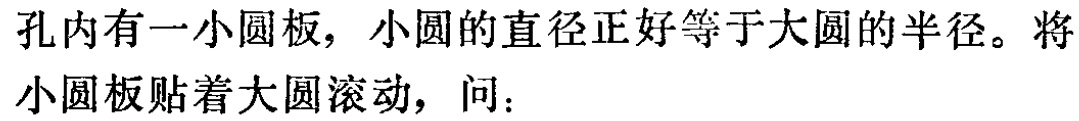
孔内有一小圆板，小圆的直径正好等于大圆的半径。将小圆板贴着大圆滚动，问：